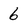
Character: 6